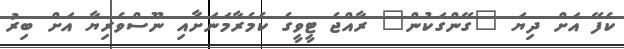
ކެފޭ އަށް ދިޔަ "ގޭންގަކުން" ރާއްޖެ ޓީވީގެ ކެމެރާމަނަށާއި ނޫސްވެރިޔާ އަށް ބިރު